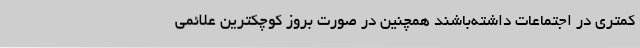
کمتری در اجتماعات داشته‌باشند همچنین در صورت بروز کوچکترین علائمی